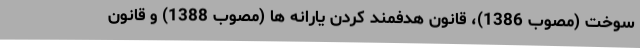
سوخت (مصوب 1386)، قانون هدفمند کردن یارانه ها (مصوب 1388) و قانون